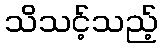
သိသင့်သည့်